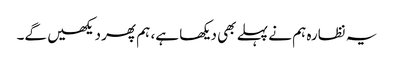
یہ نظارہ ہم نے پہلے بھی دیکھا ہے، ہم پھر دیکھیں گے۔